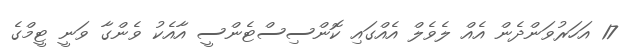
17 އަހަރުވަންދެން އެއް ލެވެލް އެއްގައި ކޮންސިސްޓެންސީ އާއެކު ވެންގާ ވަނީ ޓީމްގެ